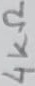
Text: 4KΩ